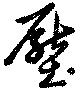
壓